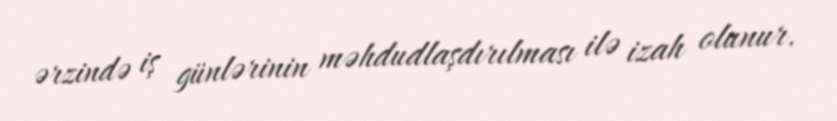
ərzində iş günlərinin məhdudlaşdırılması ilə izah olunur.